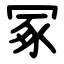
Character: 冢